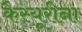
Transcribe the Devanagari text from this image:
कैस्यूरीना